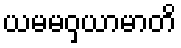
ယမမဝှယာမာတိ